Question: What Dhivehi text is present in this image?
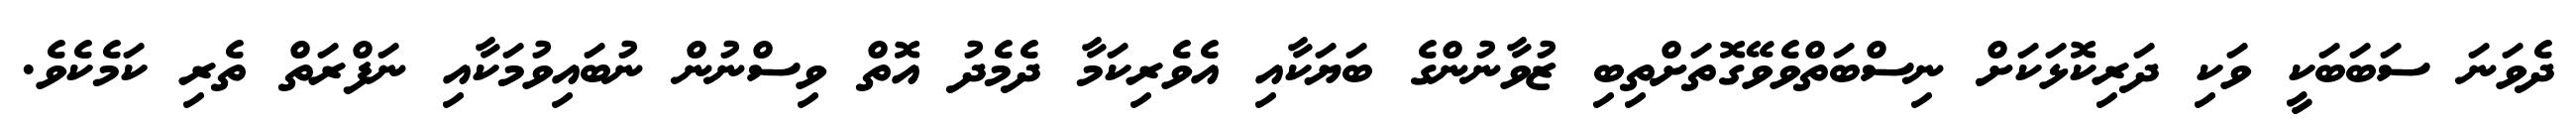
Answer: ދެވަނަ ސަބަބަކީ ވަކި ދަރިކޮޅަކަށް ނިސްބަތްވެވޭގޮތަށްތިބި ޒުވާނުންގެ ބަޔަކާއި އެވެރިކަމާ ދެމެދު އޮތް ވިސްނުން ނުބައިވުމަކާއި ނަފްރަތް ތެރި ކަމެކެވެ.